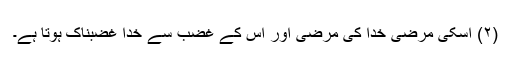
(۲) اسکی مرضی خدا کی مرضی اور اس کے غضب سے خدا غضبناک ہوتا ہے۔